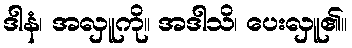
ဒါနံ၊ အလှူကို။ အဒါသိ၊ ပေးလှူ၏။